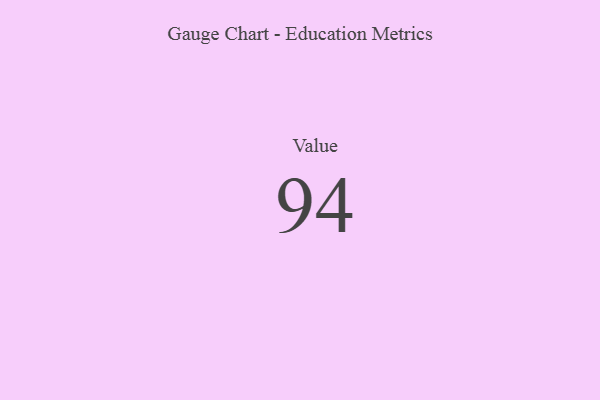
{"axis": {"x": "Metric", "y": "Value"}, "legend": [""], "data": [{"x": "Value", "y": 94, "type": ""}]}